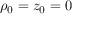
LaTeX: \rho _ { 0 } = z _ { 0 } = 0